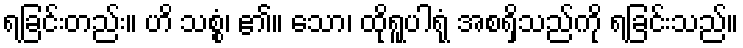
ရခြင်းတည်း။ ဟိ သစ္စံ၊ ၏။ သော၊ ထိုရူပါရုံ အစရှိသည်ကို ရခြင်းသည်။